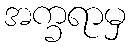
အက္ခရာမှ